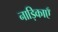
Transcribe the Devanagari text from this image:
नाड़िकाएँ